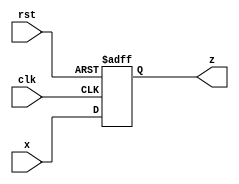
module pc(x,clk,rst,z);
input [31:0] x;
input clk,rst;
output reg [31:0] z;

initial begin
	z = 12288;
end

always @(posedge clk or posedge rst) begin
	
	if(rst) begin // reset to what the PC was at the beginning of the program
		z = 12288;
	end

	else begin
		z = x;
	end
end

endmodule